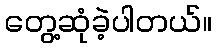
တွေ့ဆုံခဲ့ပါတယ်။